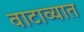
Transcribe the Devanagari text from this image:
वाटाव्यात